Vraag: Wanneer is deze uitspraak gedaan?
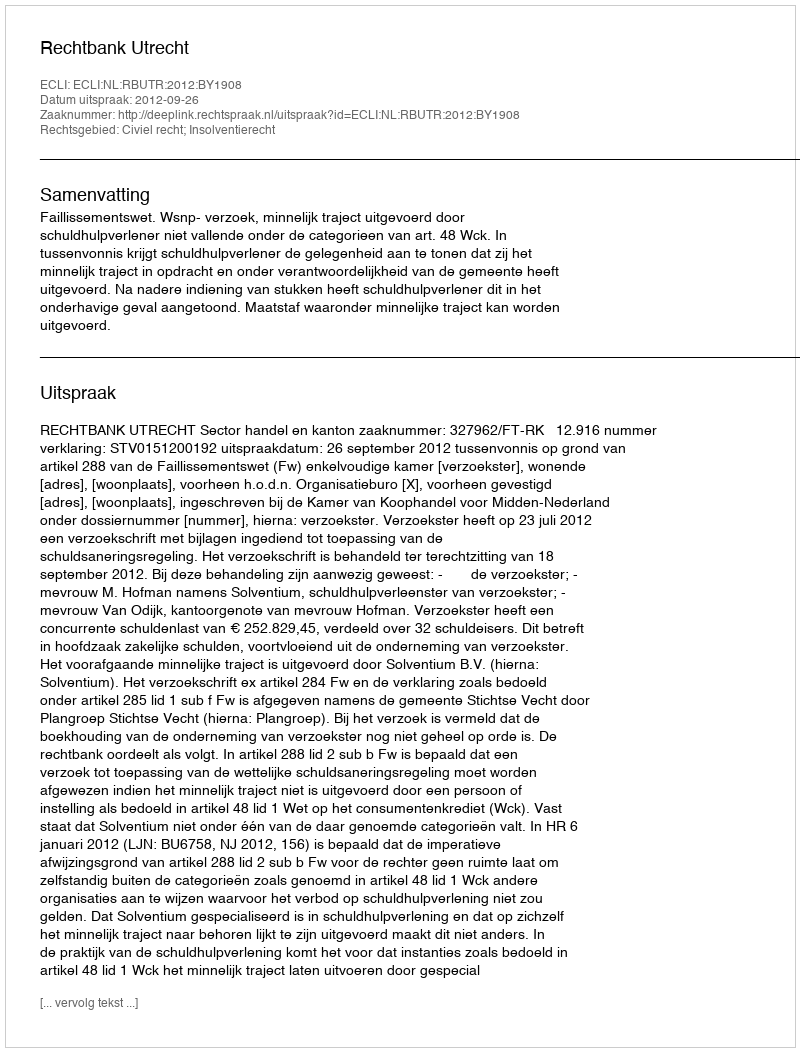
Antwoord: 2012-09-26